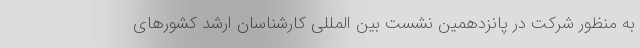
به منظور شرکت در پانزدهمین نشست بین المللی کارشناسان ارشد کشورهای